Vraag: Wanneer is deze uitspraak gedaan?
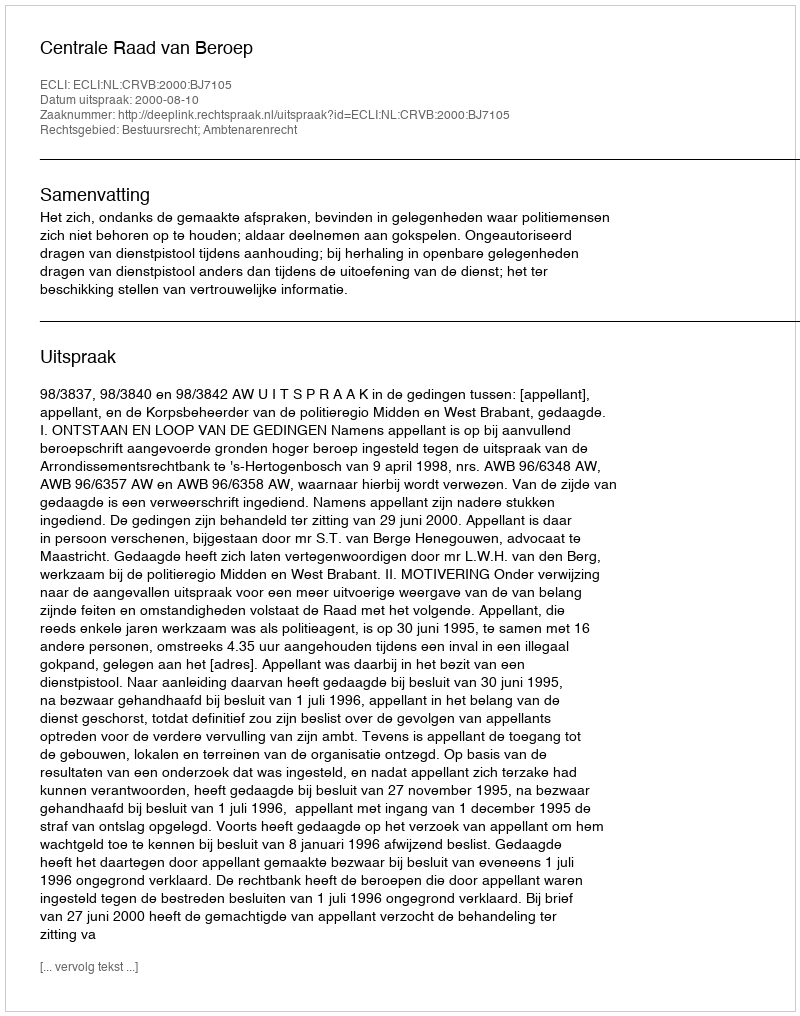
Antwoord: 2000-08-10